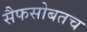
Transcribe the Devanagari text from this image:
सैफसोबतच